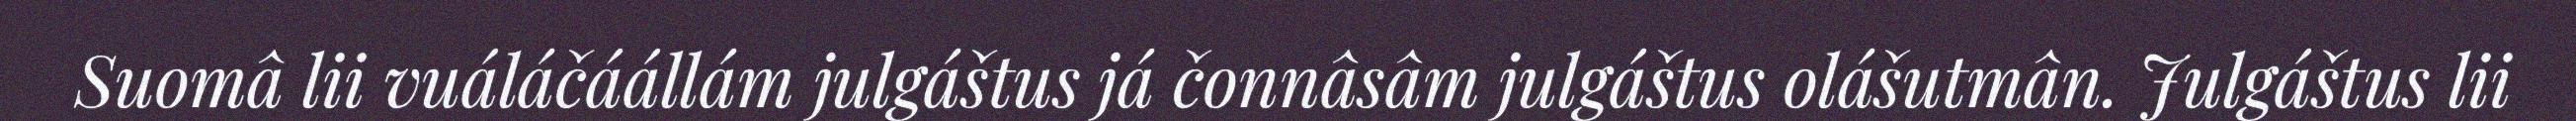
Suomâ lii vuáláčáállám julgáštus já čonnâsâm julgáštus olášutmân. Julgáštus lii